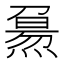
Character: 𤎘